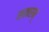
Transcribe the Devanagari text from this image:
सत्वरम्